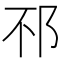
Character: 𨚀